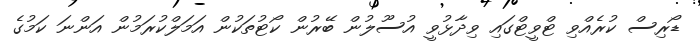
ޑޯރިސް ކުރެއްވި ޓްވީޓްގައި ވިދާޅުވީ އުސޫލުން ބޭރުން ކޯޓުތަކުން އަމަލްކުރަމުން އަންނަ ކަމުގެ